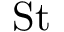
\mathrm { S t }